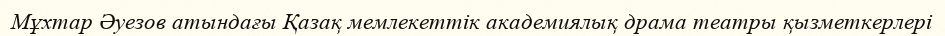
Мұхтар Әуезов атындағы Қазақ мемлекеттік академиялық драма театры қызметкерлері